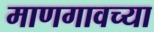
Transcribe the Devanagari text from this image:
माणगावच्या